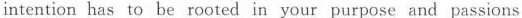
intention has to be rooted in your purpose and passions